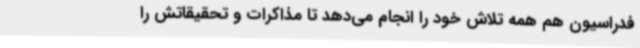
فدراسیون هم همه تلاش خود را انجام می‌دهد تا مذاکرات و تحقیقاتش را